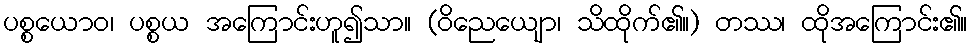
ပစ္စယောဝ၊ ပစ္စယ အကြောင်းဟူ၍သာ။ (ဝိညေယျော၊ သိထိုက်၏။) တဿ၊ ထိုအကြောင်း၏။